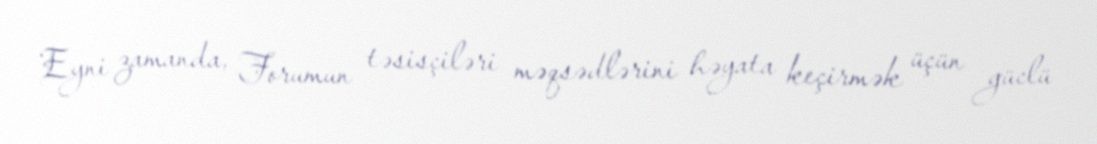
Eyni zamanda, Forumun təsisçiləri məqsədlərini həyata keçirmək üçün güclü